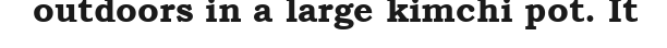
outdoors in a large kimchi pot. It